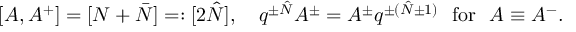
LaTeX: [ A , A ^ { + } ] = [ N + \bar { N } ] = : [ 2 \hat { N } ] , \ \ \ q ^ { \pm \hat { N } } A ^ { \pm } = A ^ { \pm } q ^ { \pm ( \hat { N } \pm 1 ) } \ \ \mathrm { f o r } \ \ A \equiv A ^ { - } .